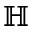
\mathbb { H }